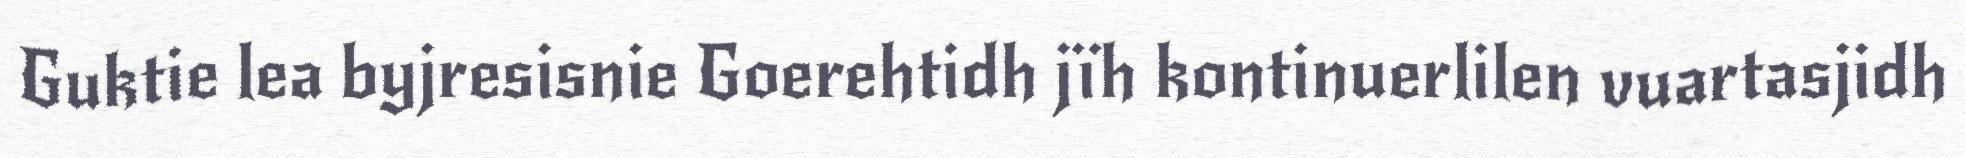
Guktie lea byjresisnie Goerehtidh jïh kontinuerlilen vuartasjidh